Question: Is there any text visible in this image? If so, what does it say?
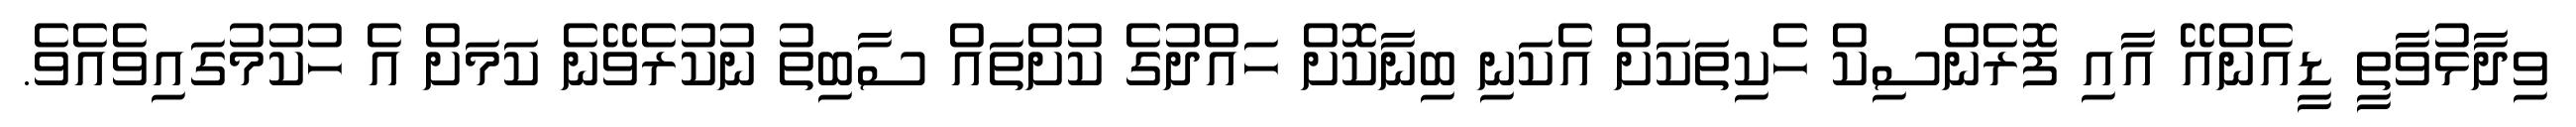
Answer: ވިދާޅުވާތީ ޑީއެންއޭ އާއި ފޮރެންސިކް ހެކިތަކަށް އެކަނި ބިނާކޮށް ހައްދުގެ ކުށްތައް ސާބިތު ނުކުރެވޭނެ ކަމަށް އެ ހުކުމުގައިވެއެވެ.